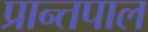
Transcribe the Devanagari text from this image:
प्रान्तपाल